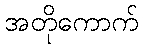
အတိုကောက်